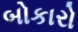
બોકારો